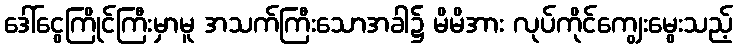
ဒေါ်ငွေကြိုင်ကြီးမှာမူ အသက်ကြီးသောအခါ၌ မိမိအား လုပ်ကိုင်ကျွေးမွေးသည့်